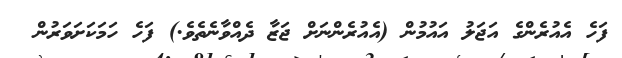
ފަހެ އެއުރެންގެ އަޖަލު އައުމުން (އެއުރެންނަށް ޖަޒާ ދެއްވާނެތެވެ.) ފަހެ ހަމަކަށަވަރުން